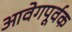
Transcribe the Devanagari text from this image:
आवेगपूर्वक